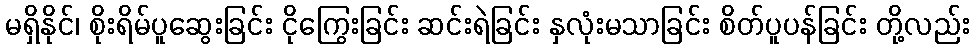
မရှိနိုင်၊ စိုးရိမ်ပူဆွေးခြင်း ငိုကြွေးခြင်း ဆင်းရဲခြင်း နှလုံးမသာခြင်း စိတ်ပူပန်ခြင်း တို့လည်း